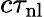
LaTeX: c\tau_{\mathrm{nl}}